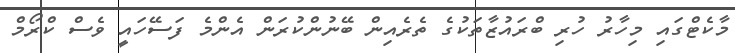
މާކެޓްގައި މިހާރު ހުރި ބްރައުޒާތަކުގެ ތެރެއިން ބޭނުންކުރަން އެންމެ ފަސޭހައީ ވެސް ކްރޯމް